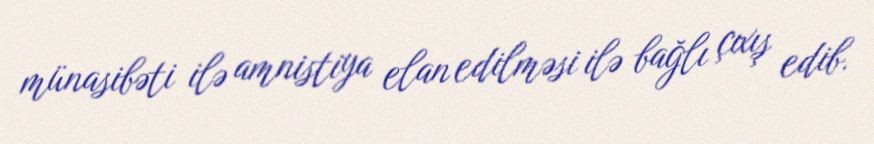
münasibəti ilə amnistiya elan edilməsi ilə bağlı çıxış edib.